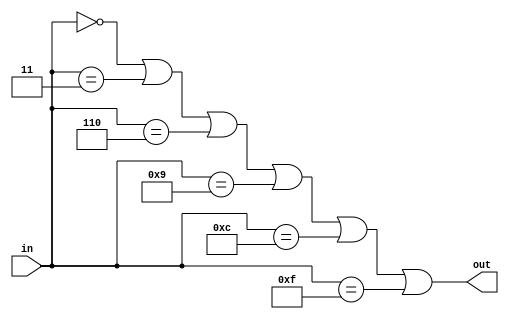
module divisiblebythree(in, out);
	input wire[3: 0] in;
	output wire out;
	assign out = (in == 4'b0000) || (in == 4'b0011) || (in == 4'b0110) || (in == 4'b1001) || (in == 4'b1100) || (in == 4'b1111);
endmodule